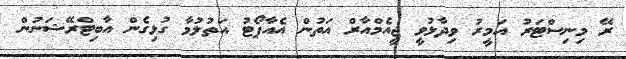
ރޭ މިނިސްޓަރު އަމީރު ވިދާޅުވީ ޖީއެމްއާރް އަތުން އެއާޕޯޓު އަތުލުމާ ގުޅިގެން އާބިޓްރޭޝަނުން